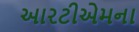
આરટીએમના